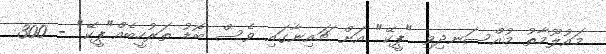
މައުލޫމާތު މުއްސަނދިވި "ޕީކޭ" އަށް ޗައިނާގައި ވެސް ބޮޑު ތަރުހީބެއް"ޕީކޭ" - 300